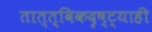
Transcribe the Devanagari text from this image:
तात्त्विकदृष्ट्याही